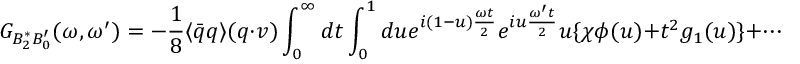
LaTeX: G _ { B _ { 2 } ^ { * } B _ { 0 } ^ { \prime } } ( \omega , \omega ^ { \prime } ) = - { \frac { 1 } { 8 } } \langle { \bar { q } } q \rangle ( q \cdot v ) \int _ { 0 } ^ { \infty } d t \int _ { 0 } ^ { 1 } d u e ^ { i ( 1 - u ) { \frac { \omega t } { 2 } } } e ^ { i u { \frac { \omega ^ { \prime } t } { 2 } } } u \{ \chi \phi ( u ) + t ^ { 2 } g _ { 1 } ( u ) \} + \cdots \; .